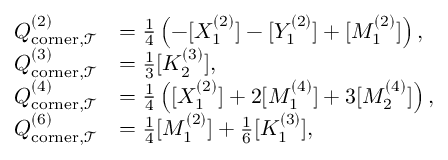
\begin{array} { r l } { Q _ { \mathrm { c o r n e r } , \mathcal { T } } ^ { ( 2 ) } } & { = \frac { 1 } { 4 } \left( - [ X _ { 1 } ^ { ( 2 ) } ] - [ Y _ { 1 } ^ { ( 2 ) } ] + [ M _ { 1 } ^ { ( 2 ) } ] \right) , } \\ { Q _ { \mathrm { c o r n e r } , \mathcal { T } } ^ { ( 3 ) } } & { = \frac { 1 } { 3 } [ K _ { 2 } ^ { ( 3 ) } ] , } \\ { Q _ { \mathrm { c o r n e r } , \mathcal { T } } ^ { ( 4 ) } } & { = \frac { 1 } { 4 } \left( [ X _ { 1 } ^ { ( 2 ) } ] + 2 [ M _ { 1 } ^ { ( 4 ) } ] + 3 [ M _ { 2 } ^ { ( 4 ) } ] \right) , } \\ { Q _ { \mathrm { c o r n e r } , \mathcal { T } } ^ { ( 6 ) } } & { = \frac { 1 } { 4 } [ M _ { 1 } ^ { ( 2 ) } ] + \frac { 1 } { 6 } [ K _ { 1 } ^ { ( 3 ) } ] , } \end{array}